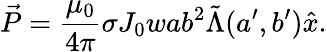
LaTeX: \vec{P}=\frac{\mu_{0}}{4\pi}\sigma J_{0}wab^{2}\tilde{\Lambda}(a^{\prime},b^{\prime})\hat{x}.